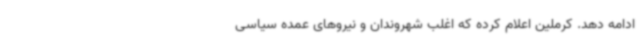
ادامه دهد. کرملین اعلام کرده که اغلب شهروندان و نیروهای عمده سیاسی